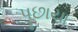
પૂછાયા